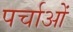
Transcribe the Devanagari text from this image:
पर्चाओं